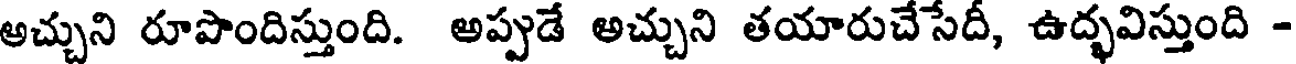
అచ్చుని రూపొందిస్తుంది. అప్పుడే అచ్చుని తయారుచేసేదీ, ఉద్భవిస్తుంది -